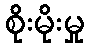
စိုးမိုးမှု